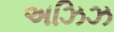
અઝિઝ